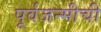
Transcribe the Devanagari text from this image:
पूर्वजन्मीची